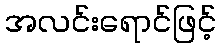
အလင်းရောင်ဖြင့်